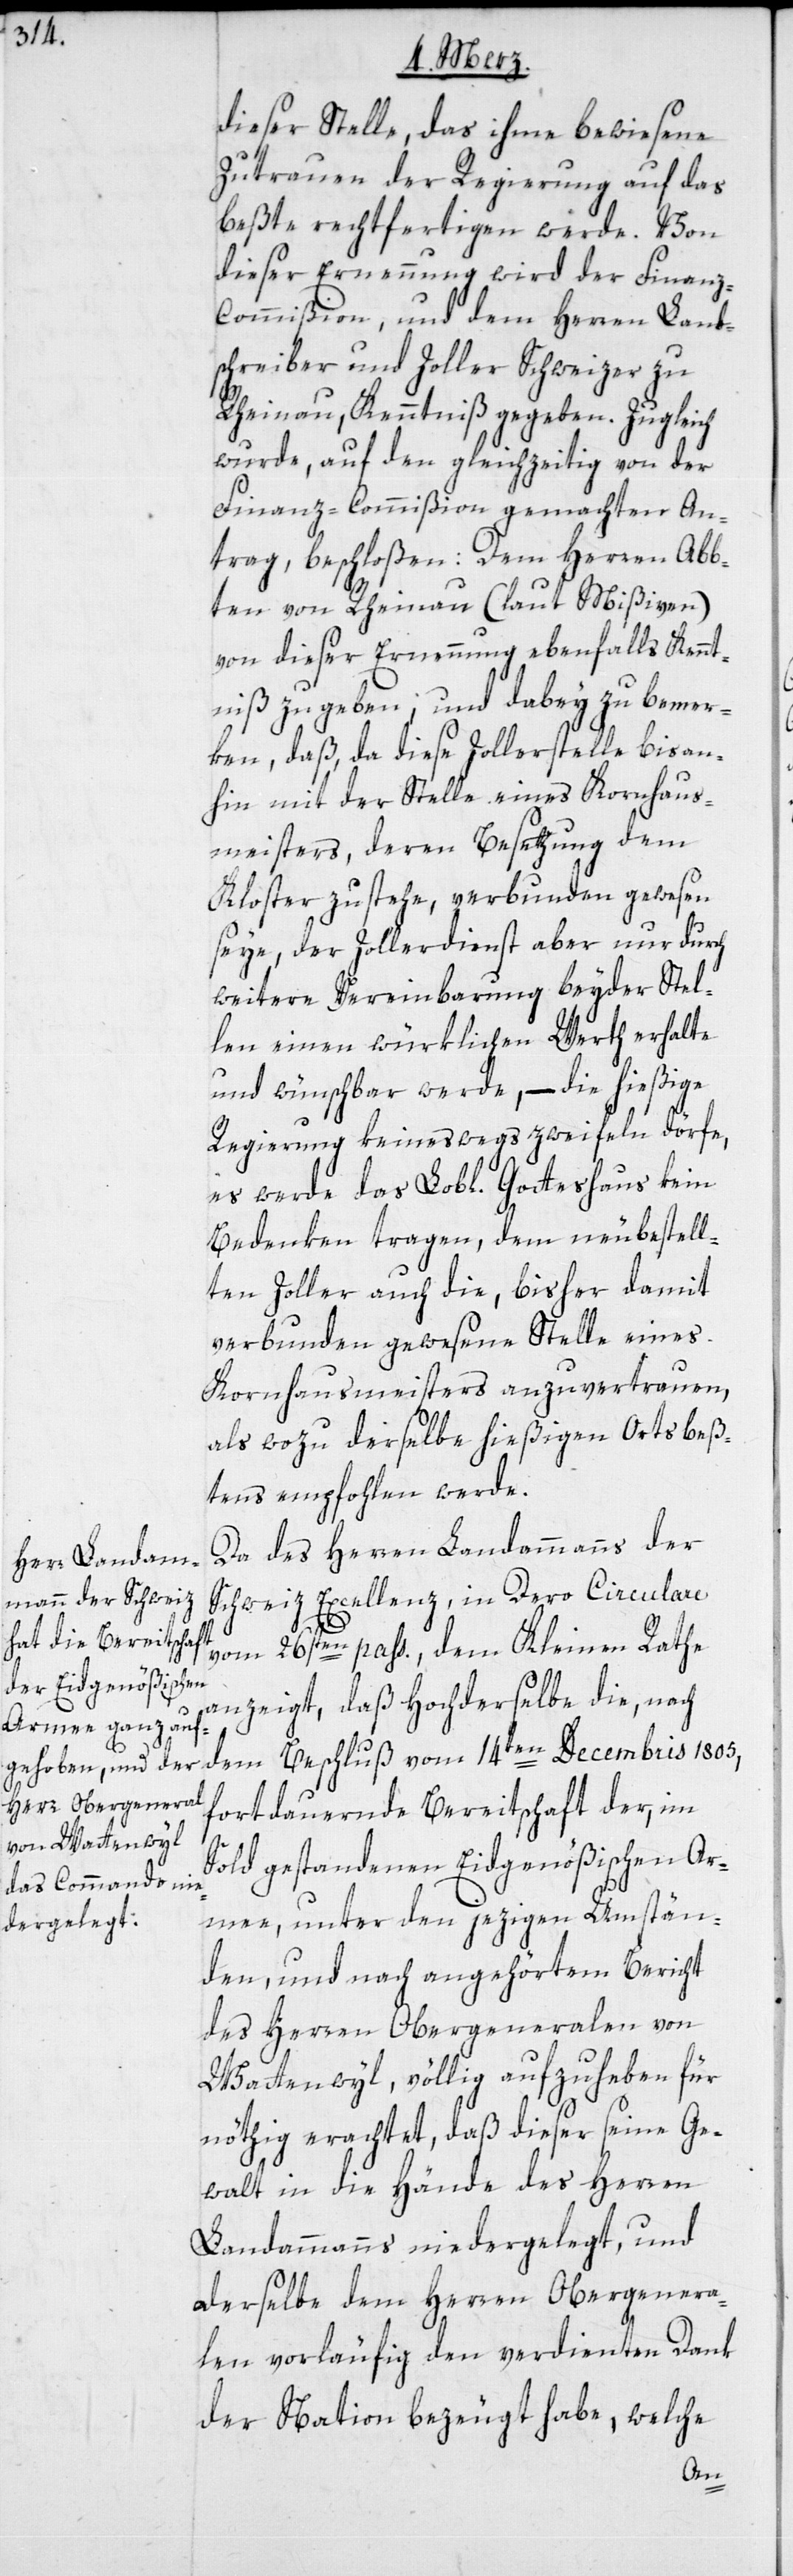
dieser Stelle, das ihme bewiesene
Zutrauen der Regierung auf das
beßte rechtfertigen werde. Von
dieser Ernennung wird der Finan¬
z-Commißion, und dem Herren Land¬
schreiber und Zoller Schweizer zu
Rheinau, Kenntniß gegeben. Zugleich
wurde, auf den gleichzeitig von der
Finanz-Commißion gemachten An¬
trag, beschloßen: Dem Herren Abb¬
ten von Rheinau (laut Mißiven)
von dieser Ernennung ebenfalls Kennt¬
niß zu geben, und dabey zu bemer¬
ken, daß, da diese Zollerstelle bis an¬
hin mit der Stelle eines Kornhaus¬
meisters, deren Besetzung dem
Kloster zustehe, verbunden gewesen
seye, der Zollerdienst aber nur durch
weitere Vereinbarung beyder Stel¬
len einen würklichen Werth erhalte
und wünschbar werde, – die hießige
Regierung keineswegs zweyfeln dörfe,
es werde das Lobl. Gotteshaus kein
Bedenken tragen, dem neu bestell¬
ten Zoller auch die, bisher damit
verbunden gewesene Stelle eines
Kornhausmeisters anzuvertrauen,
als wozu derselbe hießigen Orts beß¬
tens empfohlen werde.
Da des Herren Landammanns der
Schweiz Excellenz, in Dero Circulare
vom 26sten pass., dem Kleinen Rathe
anzeigt, daß Hochderselbe die, nach
dem Beschluß vom 14ten Decembris 1805,
fortdauernde Bereitschaft der, im
Sold gestandenen Eidgenößischen Ar¬
mee, unter den jezigen Umstän¬
den, und nach angehörtem Bericht
des Herren Obergeneralen von
Wattenwyl, völlig aufzuheben für
nöthig erachtet, daß dieser seine Ge¬
walt in die Hände des Herren
Landammanns niedergelegt, und
derselbe dem Herren Obergenera¬
len vorläufig den verdienten Dank
der Nation bezeugt habe, welche